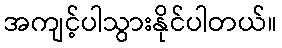
အကျင့်ပါသွားနိုင်ပါတယ်။